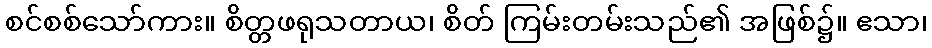
စင်စစ်သော်ကား။ စိတ္တဖရုသတာယ၊ စိတ် ကြမ်းတမ်းသည်၏ အဖြစ်၌။ ဧသာ၊